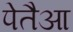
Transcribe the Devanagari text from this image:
पेतैआ